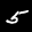
Label: 5